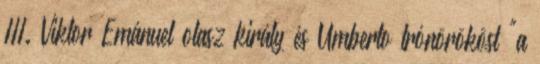
III. Viktor Emánuel olasz király és Umberto trónörököst "a